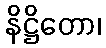
နိဋ္ဌိတော၊